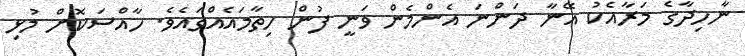
ނާހިދާގެ މަރާއެކު އޭނާ ދަންނަ އެންމެން ވަނީ ފުން ހިތާމައެއްގައެވެ. ހާއްސަކޮށް މުޅި